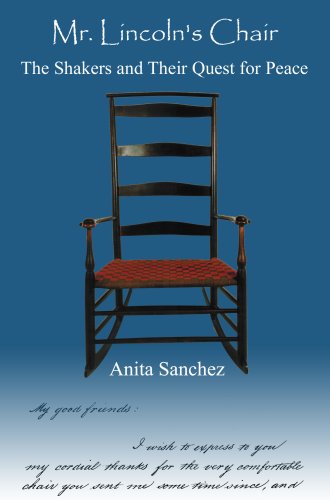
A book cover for Mr. Lincoln's Chair: The Shakers and Their Quest for Peace; Anita Sanchez; Christian Books & Bibles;